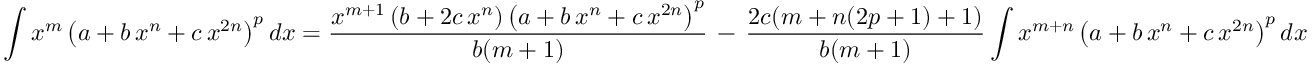
\int x ^ { m } \left( a + b \, x ^ { n } + c \, x ^ { 2 n } \right) ^ { p } d x = { \frac { x ^ { m + 1 } \left( b + 2 c \, x ^ { n } \right) \left( a + b \, x ^ { n } + c \, x ^ { 2 n } \right) ^ { p } } { b ( m + 1 ) } } \, - \, { \frac { 2 c ( m + n ( 2 p + 1 ) + 1 ) } { b ( m + 1 ) } } \int x ^ { m + n } \left( a + b \, x ^ { n } + c \, x ^ { 2 n } \right) ^ { p } d x